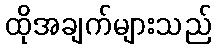
ထိုအချက်များသည်